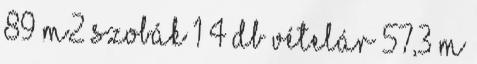
89 m2 Szobák 1 4 db Vételár 57,3 M